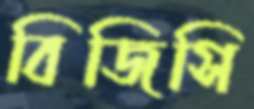
বিজিসি